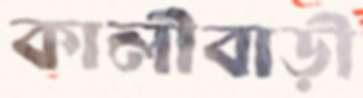
কালীবাড়ী